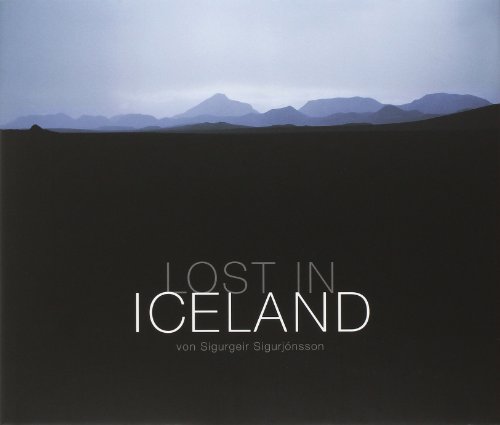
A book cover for Lost in Iceland; Sigurgeir SigurjÃ²nsson; Travel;